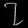
Digit: ၇